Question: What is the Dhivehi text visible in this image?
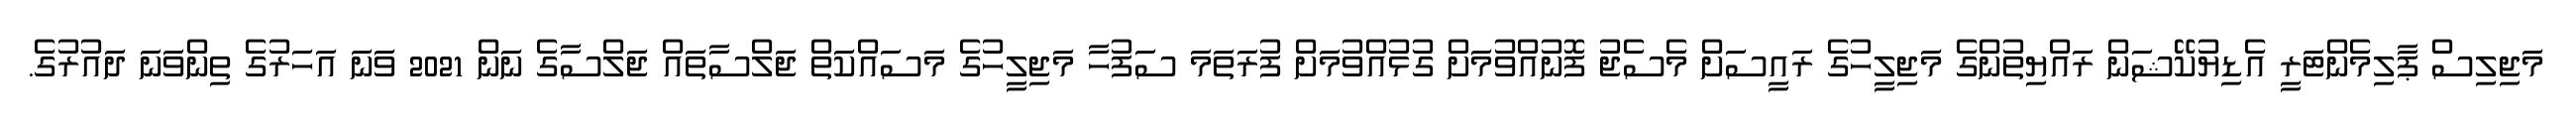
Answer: މަޖިލިސް ޕާލިމެންޓަރީ އެޑިޔުކޭޝަން ރައްޔިތުންގެ މަޖިލީހުގެ ރައީސަށް މެސެޖު ފޮނުއްވުމަށް ގުޅުއްވުމަށް ފުރަތަމަ ސަފުހާ މަޖިލީހުގެ މަސައްކަތް ޖަލްސާތައް ޖަލްސާގެ ނަން 2021 ވަނަ އަހަރުގެ ތިންވަނަ ދައުރުގެ.